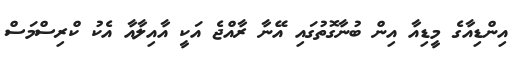
އިންޑިއާގެ މީޑިއާ އިން ބުނާގޮތުގައި އޭނާ ރާއްޖެ އަކީ އާއިލާއާ އެކު ކްރިސްމަސް